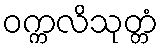
ဝက္ကလိသုတ္တံ